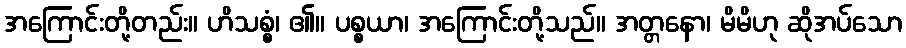
အကြောင်းတို့တည်း။ ဟိသစ္စံ၊ ၏။ ပစ္စယာ၊ အကြောင်းတို့သည်။ အတ္တနော၊ မိမိဟု ဆိုအပ်သော